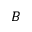
B